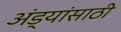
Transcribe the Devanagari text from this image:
अंड्यांसाठी